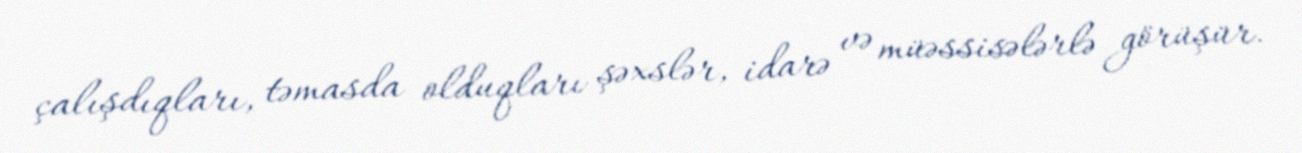
çalışdıqları, təmasda olduqları şəxslər, idarə və müəssisələrlə görüşür.